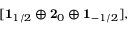
[ { \bf 1 } _ { 1 / 2 } \oplus { \bf 2 } _ { 0 } \oplus { \bf 1 } _ { - 1 / 2 } ] ,